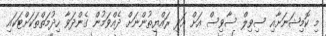
މި ކޮމިޝަނަށާއި ސިވިލް ސާވިސް އަށް އަދި ރައްޔިތުންނަށް ދެއްވަމުން ގެންދަވާ ހިދުމަތްތަކަށްޓަކައި